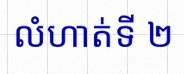
លំហាត់ទី ២